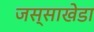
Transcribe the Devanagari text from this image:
जस्‍साखेडा